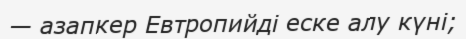
— азапкер Евтропийді еске алу күні;